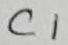
Text: C1